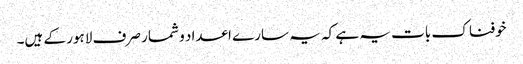
خوفناک بات یہ ہے کہ یہ سارے اعداد و شمار صرف لاہور کے ہیں۔